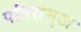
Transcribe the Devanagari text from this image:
पतिसंमुख